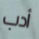
أدب